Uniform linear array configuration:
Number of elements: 12
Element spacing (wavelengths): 0.75
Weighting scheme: blackman
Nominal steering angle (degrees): -30
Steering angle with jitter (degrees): -29.356
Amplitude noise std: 0.05
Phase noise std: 0.05

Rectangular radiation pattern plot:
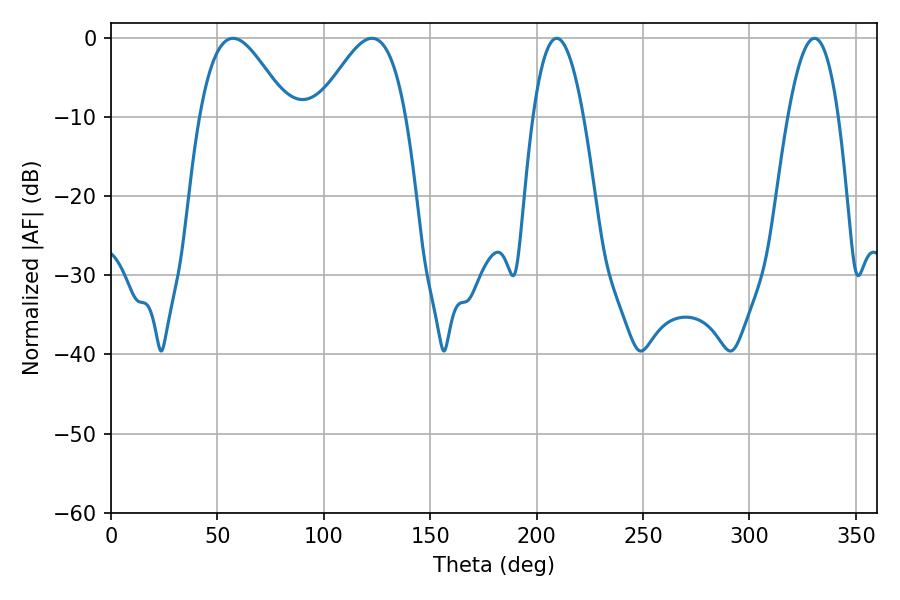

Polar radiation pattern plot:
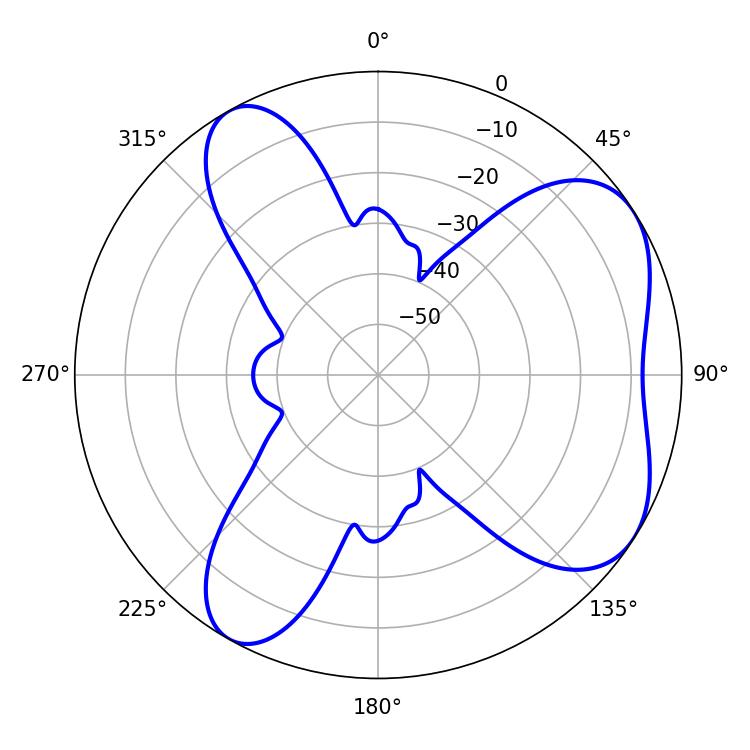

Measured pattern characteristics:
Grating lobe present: TRUE
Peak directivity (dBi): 5.852
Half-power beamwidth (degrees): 22.32
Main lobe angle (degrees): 57.42